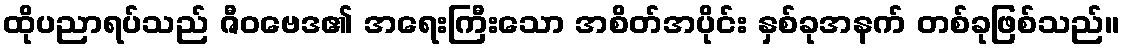
ထိုပညာရပ်သည် ဇီဝဗေဒ၏ အရေးကြီးသော အစိတ်အပိုင်း နှစ်ခုအနက် တစ်ခုဖြစ်သည်။